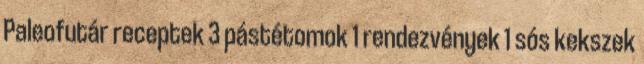
Paleofutár receptek 3 pástétomok 1 rendezvények 1 sós kekszek